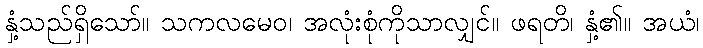
နှံ့သည်ရှိသော်။ သကလမေဝ၊ အလုံးစုံကိုသာလျှင်။ ဖရတိ၊ နှံ့၏။ အယံ၊